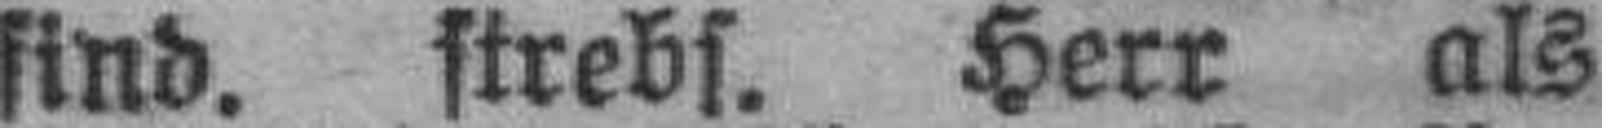
sind, strebs. Herr als